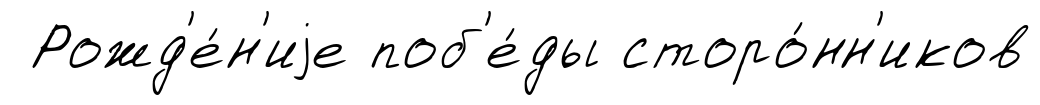
Рожд'е́н'иjе поб'е́ды сторо́нн'иков